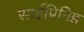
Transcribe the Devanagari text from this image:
साईप्रिनिड